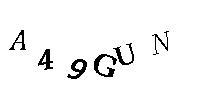
A49GUN